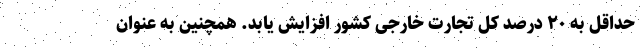
حداقل به ۲۰ درصد کل تجارت خارجی کشور افزایش یابد. همچنین به عنوان